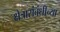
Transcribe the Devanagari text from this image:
क्षेत्रासंबंधीच्या